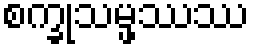
စက္ခုသမ္ဖဿဿ